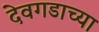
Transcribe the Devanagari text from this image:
देवगडाच्या